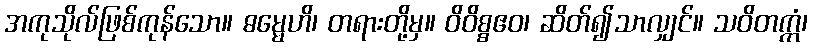
အကုသိုလ်ဖြစ်ကုန်သော။ ဓမ္မေဟိ၊ တရားတို့မှ။ ဝိဝိစ္စဧဝ၊ ဆိတ်၍သာလျှင်။ သဝိတက္ကံ၊